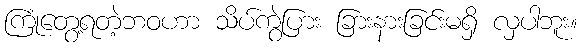
ကြုံတွေ့ရတဲ့ဘဝဟာ သိပ်ကွဲပြား ခြားနားခြင်းမရှိ လှပါဘူး။